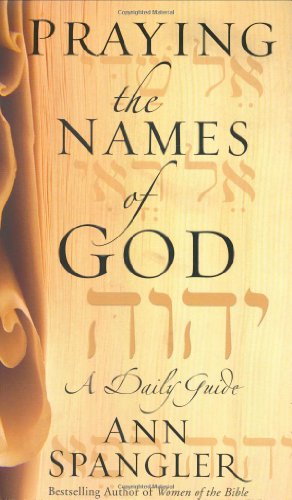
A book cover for Praying the Names of God: A Daily Guide; Ann Spangler; Religion & Spirituality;